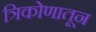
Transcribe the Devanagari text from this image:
त्रिकोणातून